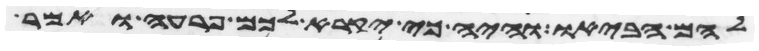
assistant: להם הביאו והיה כי יקרא לכם פרעה ואמר